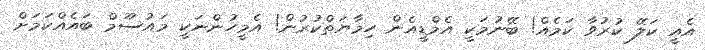
އެއީ ކަލޭ ކުރުވާ ކަމެއް! ބޭނުމަކީ އެމްޑީއެން ހިމާޔަތްކުރުން! އެމީހުންނަކީ މައުސޫމް ބައެއްކަމަށް